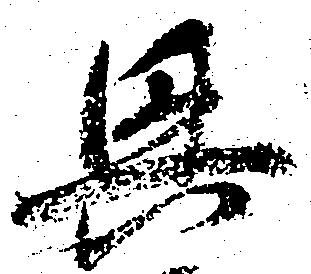
興